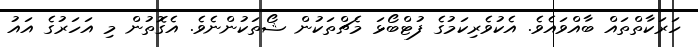
ހަރަކާތްތައް ބާއްވައެވެ. އެކުވެރިކަމުގެ ފުޓްބޯޅަ މެޗްތަކުން ޝޯތަކުންނެވެ. އެގޮތުން މި އަހަރުގެ އައު